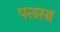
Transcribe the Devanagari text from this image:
पलसा